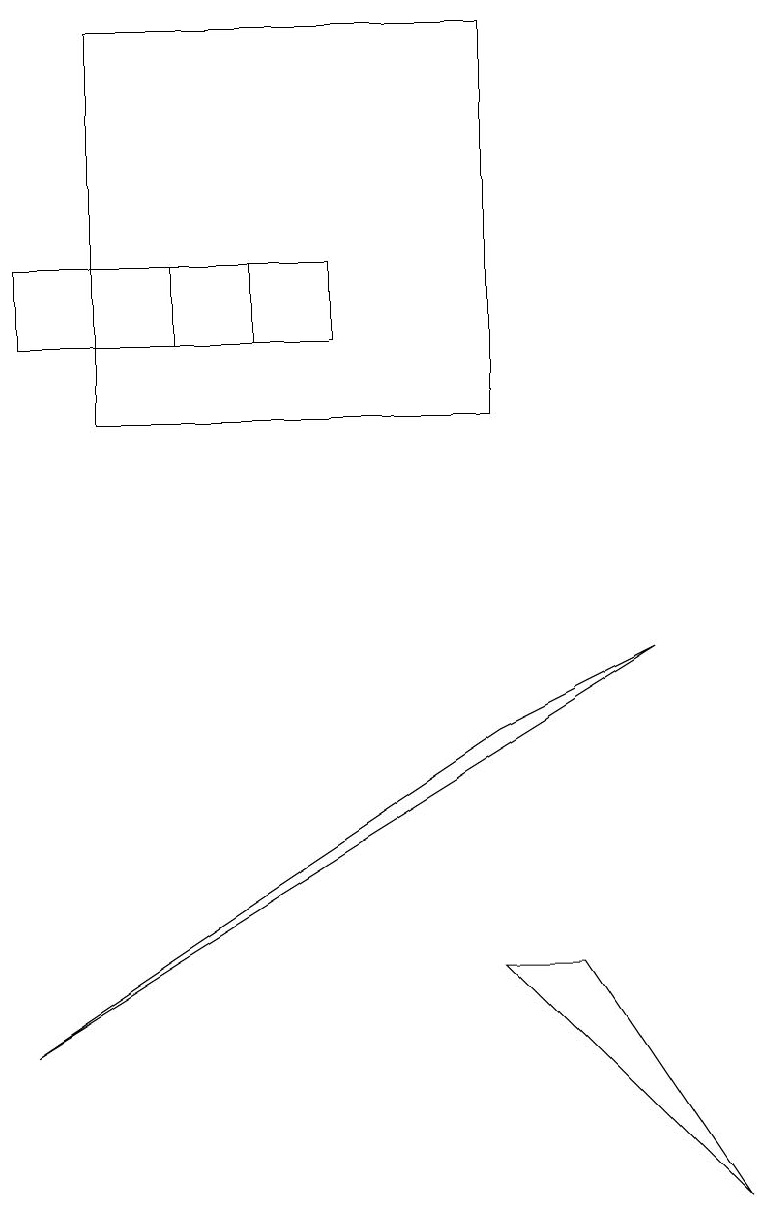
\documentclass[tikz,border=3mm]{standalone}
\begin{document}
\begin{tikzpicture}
\draw (0,2) -- (6,6) -- (8,7) -- cycle;
\draw (9,0) -- (6,3) -- (7,3) -- cycle;
\draw (3,12) rectangle (0,11);
\draw (1,10) rectangle (6,15);
\draw (4,12) rectangle (2,11);
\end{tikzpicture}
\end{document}